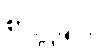
စာပို့ခြင်း